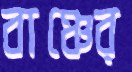
বাঞ্চের